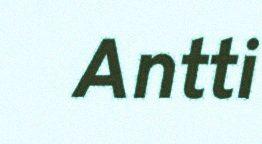
Antti